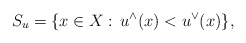
\begin{align*}S_{u}=\{x\in X:\,u^{\wedge}(x)<u^{\vee}(x)\},\end{align*}